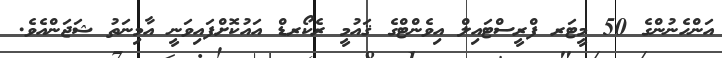
އަންހެނުންގެ 50 މީޓަރ ފްރީސްޓައިލް އިވެންޓްގެ ޤައުމީ ރެކޯރޑް އައުކޮށްފައިވަނީ އާމިނަތު ޝަޖަންއެވެ.